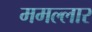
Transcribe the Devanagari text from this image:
ममल्लार